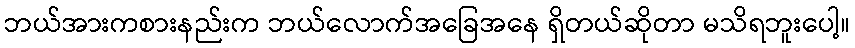
ဘယ်အားကစားနည်းက ဘယ်လောက်အခြေအနေ ရှိတယ်ဆိုတာ မသိရဘူးပေါ့။